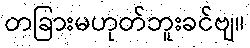
တခြားမဟုတ်ဘူးခင်ဗျ။